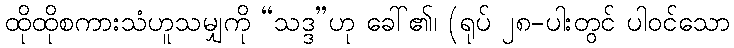
ထိုထိုစကားသံဟူသမျှကို “သဒ္ဒ”ဟု ခေါ်၏၊ (ရုပ် ၂၈-ပါးတွင် ပါဝင်သော